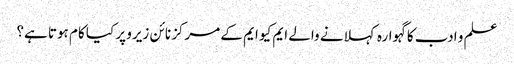
علم و ادب کا گہوارہ کہلانے والے ایم کیو ایم کے مرکز نائن زیرو پر کیا کام ہوتا ہے؟